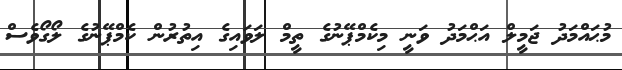
މުޙައްމަދު ޖަމީލް އަޙްމަދު ވަނީ މިކެމްޕޭނުގެ ތީމް ލަވައިގެ އިތުރުން ކެމްޕޭނުގެ ލޯގޯވެސް